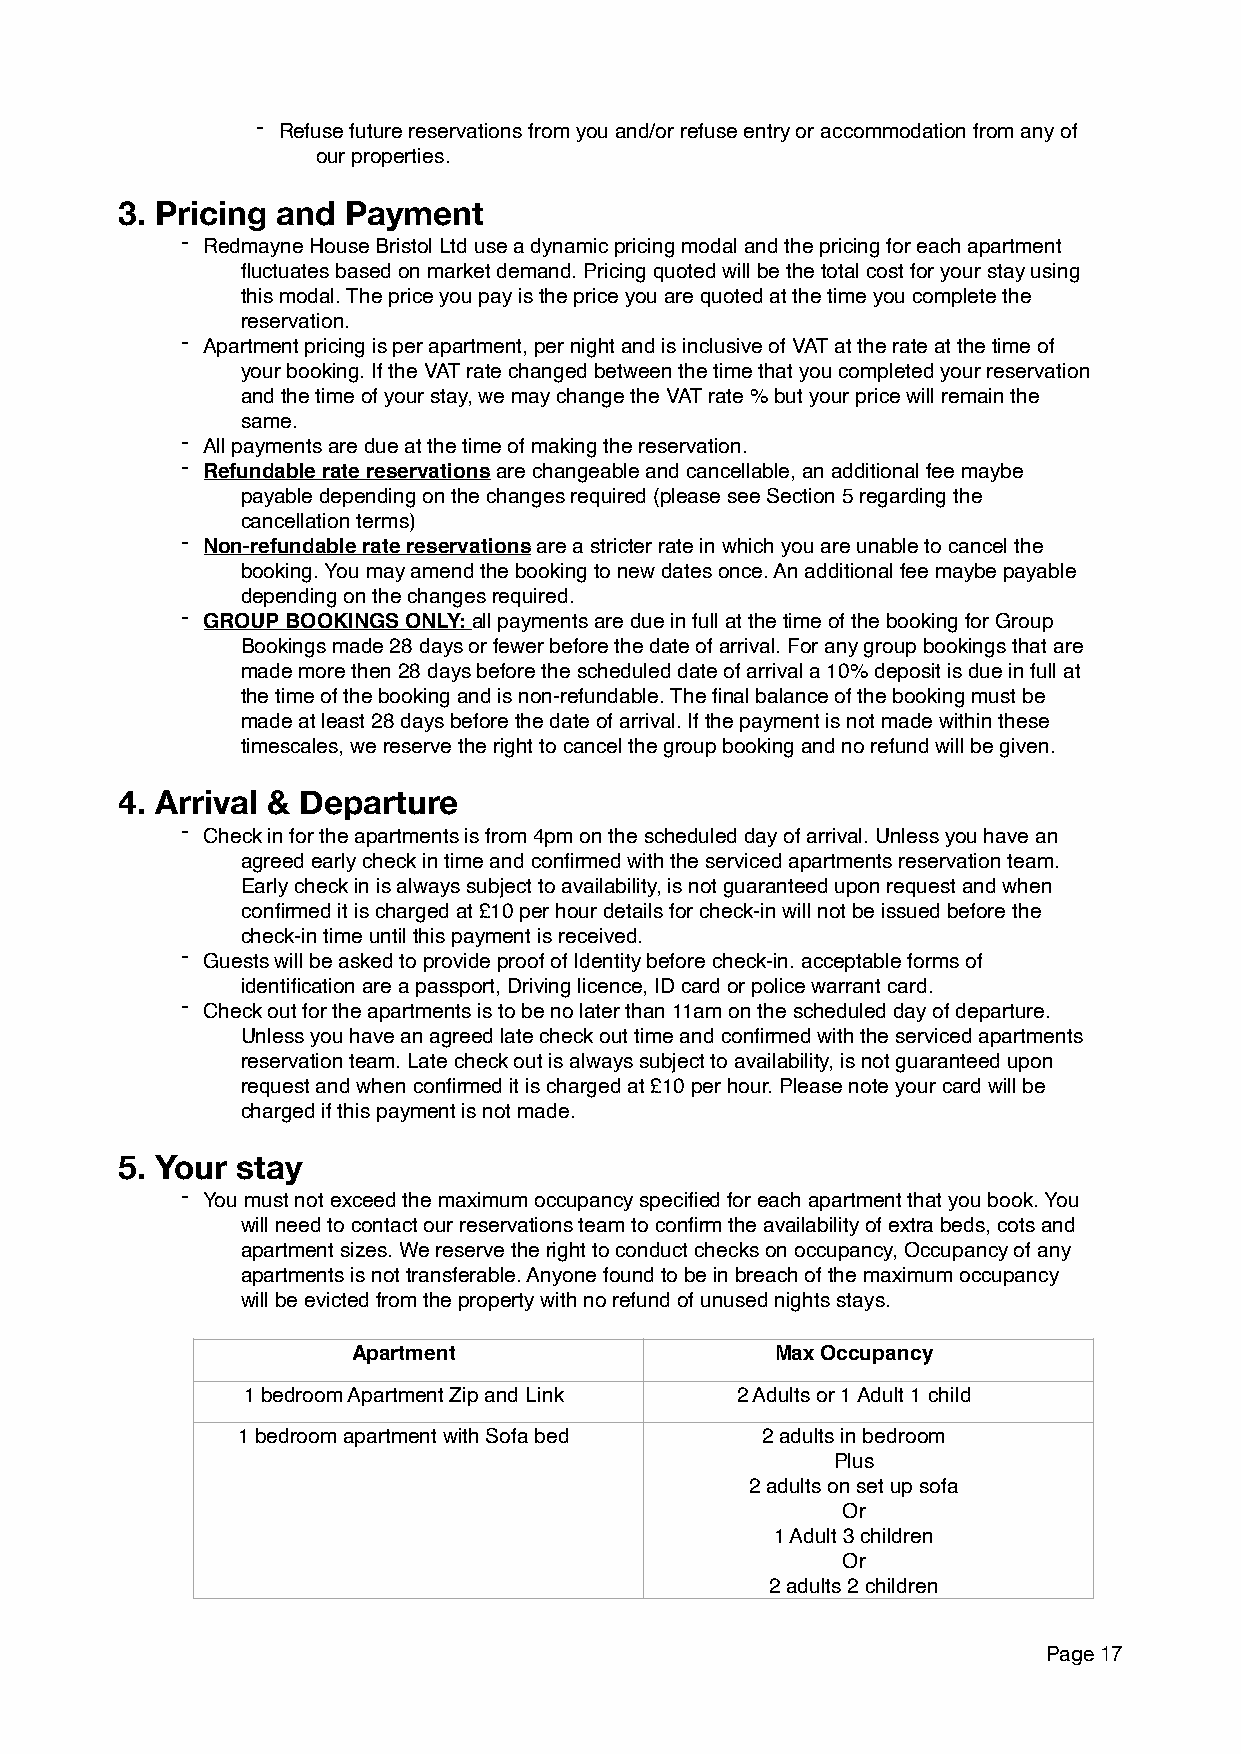
- Refuse future reservations from you and/or refuse entry or accommodation from any of
 our properties.
 3. Pricing and Payment
 - Redmayne House Bristol Ltd use a dynamic pricing modal and the pricing for each apartment
 fluctuates based on market demand. Pricing quoted will be the total cost for your stay using
 this modal. The price you pay is the price you are quoted at the time you complete the
 reservation.
 - Apartment pricing is per apartment, per night and is inclusive of VAT at the rate at the time of
 your booking. If the VAT rate changed between the time that you completed your reservation
 and the time of your stay, we may change the VAT rate % but your price will remain the
 same.
 - All payments are due at the time of making the reservation.
 - Refundable rate reservations are changeable and cancellable, an additional fee maybe
 payable depending on the changes required (please see Section 5 regarding the
 cancellation terms)
 - Non-refundable rate reservations are a stricter rate in which you are unable to cancel the
 booking. You may amend the booking to new dates once. An additional fee maybe payable
 depending on the changes required.
 - GROUP BOOKINGS ONLY: all payments are due in full at the time of the booking for Group
 Bookings made 28 days or fewer before the date of arrival. For any group bookings that are
 made more then 28 days before the scheduled date of arrival a 10% deposit is due in full at
 the time of the booking and is non-refundable. The final balance of the booking must be
 made at least 28 days before the date of arrival. If the payment is not made within these
 timescales, we reserve the right to cancel the group booking and no refund will be given.
 4. Arrival & Departure
 - Check in for the apartments is from 4pm on the scheduled day of arrival. Unless you have an
 agreed early check in time and confirmed with the serviced apartments reservation team.
 Early check in is always subject to availability, is not guaranteed upon request and when
 confirmed it is charged at £10 per hour details for check-in will not be issued before the
 check-in time until this payment is received.
 - Guests will be asked to provide proof of Identity before check-in. acceptable forms of
 identification are a passport, Driving licence, ID card or police warrant card.
 - Check out for the apartments is to be no later than 11am on the scheduled day of departure.
 Unless you have an agreed late check out time and confirmed with the serviced apartments
 reservation team. Late check out is always subject to availability, is not guaranteed upon
 request and when confirmed it is charged at £10 per hour. Please note your card will be
 charged if this payment is not made.
 5. Your stay
 - You must not exceed the maximum occupancy specified for each apartment that you book. You
 will need to contact our reservations team to confirm the availability of extra beds, cots and
 apartment sizes. We reserve the right to conduct checks on occupancy, Occupancy of any
 apartments is not transferable. Anyone found to be in breach of the maximum occupancy
 will be evicted from the property with no refund of unused nights stays.
 Apartment                   Max Occupancy
 1 bedroom Apartment Zip and Link 2 Adults or 1 Adult 1 child
 1 bedroom apartment with Sofa bed 2 adults in bedroom
 Plus
 2 adults on set up sofa
 Or
 1 Adult 3 children
 Or
 2 adults 2 children
 Page 17